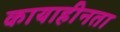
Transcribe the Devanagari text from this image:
कायाहीनता